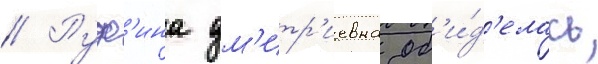
// Руф'ина дм'итр'иевна об'и́д'елась